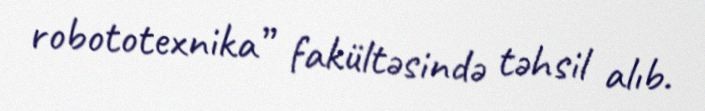
robototexnika” fakültəsində təhsil alıb.